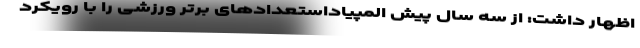
اظهار داشت: از سه سال پیش المپیاداستعدادهای برتر ورزشی را با رویکرد